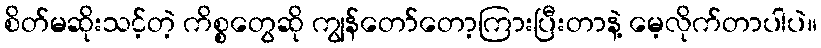
စိတ်မဆိုးသင့်တဲ့ ကိစ္စတွေဆို ကျွန်တော်တော့ကြားပြီးတာနဲ့ မေ့လိုက်တာပါပဲ။